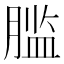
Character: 𰯂